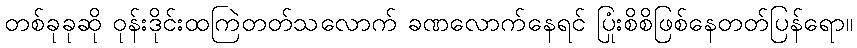
တစ်ခုခုဆို ဝုန်းဒိုင်းထကြဲတတ်သလောက် ခဏလောက်နေရင် ပြုံးစိစိဖြစ်နေတတ်ပြန်ရော။